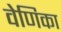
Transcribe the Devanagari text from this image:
वेणिका